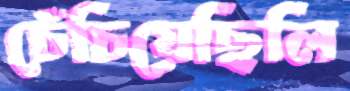
চেঁচিয়েছিলি